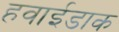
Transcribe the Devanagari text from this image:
हवाईडाक